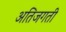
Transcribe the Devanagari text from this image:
अतिजगती